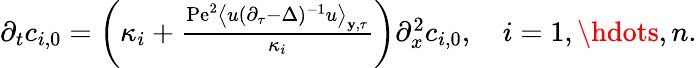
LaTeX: \begin{array}{r}{\partial_{t}c_{i,0}=\left(\kappa_{i}+\frac{\mathrm{Pe}^{2}\left\langle u(\partial_{\tau}-\Delta)^{-1}u\right\rangle_{\mathbf{y},\tau}}{\kappa_{i}}\right)\partial_{x}^{2}c_{i,0},\quad i=1,\hdots,n.}\end{array}